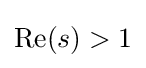
\operatorname {Re} (s)>1